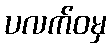
ပလက်ဝမှ